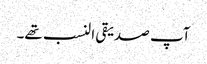
آپ صدیقی النسب تھے۔